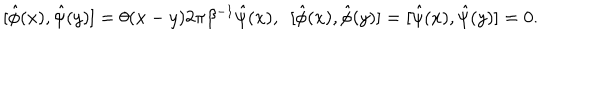
[ \hat { \phi } ( x ) , \hat { \psi } ( y ) ] = \theta ( x - y ) 2 \pi \beta ^ { - 1 } \hat { \psi } ( x ) , \enspace [ \hat { \phi } ( x ) , \hat { \phi } ( y ) ] = [ \hat { \psi } ( x ) , \hat { \psi } ( y ) ] = 0 .